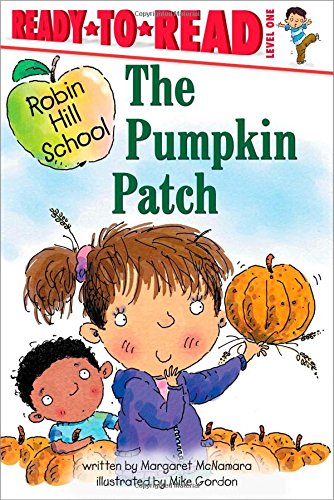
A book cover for Pumpkin Patch (Robin Hill School); Margaret McNamara; Children's Books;